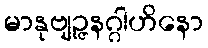
မာနုဗျဉ္ဇနဂ္ဂါဟိနော